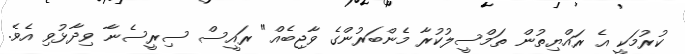
ކުރުމަކީ އެ ރައްޔިތުން ތަމްސީލުކުރާ މެންބަރުންގެ ވާޖިބެއް" ރައީސް ސިރީސެނާ ވިދާޅުވި އެވެ.